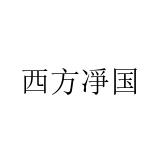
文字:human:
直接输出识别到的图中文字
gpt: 西方凈国